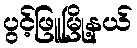
ပွင့်ဖြူမြို့နယ်